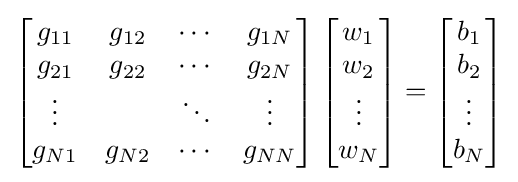
\left[{\begin{matrix}g_{11}&g_{12}&\cdots &g_{1N}\\g_{21}&g_{22}&\cdots &g_{2N}\\\vdots &&\ddots &\vdots \\g_{N1}&g_{N2}&\cdots &g_{NN}\end{matrix}}\right]\left[{\begin{matrix}w_{1}\\w_{2}\\\vdots \\w_{N}\end{matrix}}\right]=\left[{\begin{matrix}b_{1}\\b_{2}\\\vdots \\b_{N}\end{matrix}}\right]